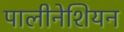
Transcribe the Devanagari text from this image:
पालीनेशियन